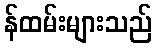
န်ထမ်းများသည်